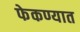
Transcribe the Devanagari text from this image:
फेकण्यात